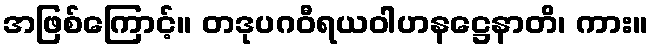
အဖြစ်ကြောင့်။ တဒုပဂဝီရယဝါဟနဋ္ဌေနာတိ၊ ကား။